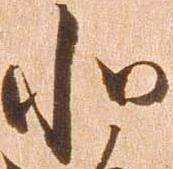
北